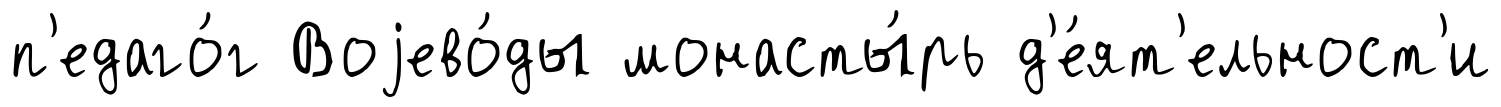
п'едаго́г Воjево́ды монасты́рь д'е́ят'ельност'и